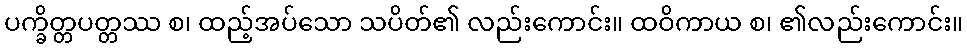
ပက္ခိတ္တပတ္တဿ စ၊ ထည့်အပ်သော သပိတ်၏ လည်းကောင်း။ ထဝိကာယ စ၊ ၏လည်းကောင်း။